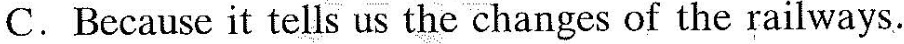
C. Because it tells us the changes of the railways.